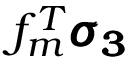
f _ { m } ^ { T } \pmb { \sigma _ { 3 } }